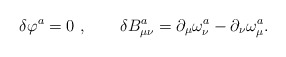
\begin{align*}\delta \varphi ^a=0~,\quad \quad \delta B_{\mu \nu }^a=\partial_\mu \omega _\nu ^a-\partial _\nu \omega _\mu ^a. \end{align*}